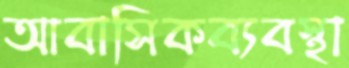
আবাসিকব্যবস্থা